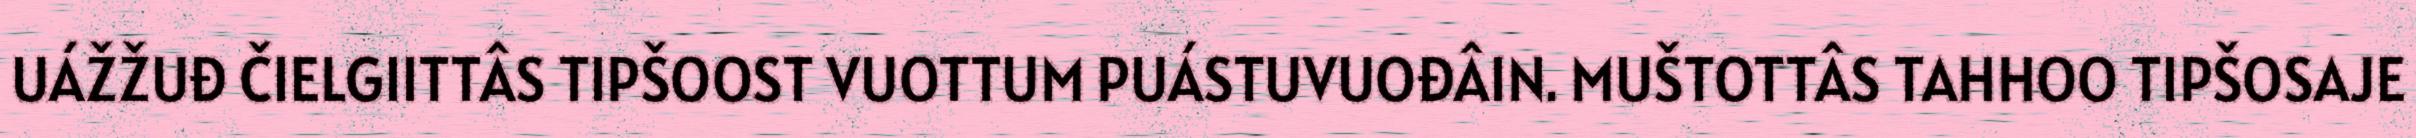
UÁŽŽUĐ ČIELGIITTÂS TIPŠOOST VUOTTUM PUÁSTUVUOĐÂIN. MUŠTOTTÂS TAHHOO TIPŠOSAJE